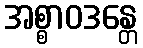
အစ္စာဝဒန္တေ